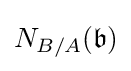
N_{B/A}({\mathfrak {b}})